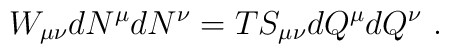
W_{\mu \nu} d N^\mu d N^\nu = T S_{\mu \nu } dQ^\mu dQ^\nu \ .